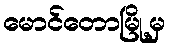
မောင်တောမြို့မှ